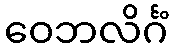
ဝေဘလိင်္ဂံ